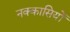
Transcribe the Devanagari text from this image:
नक्‍कासियों